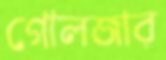
গোলজার